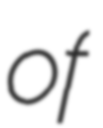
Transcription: of